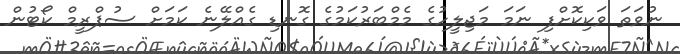
ނުވަތަ ވަކިކޮށްފި ނަމަ މަޖިލީހުގެ މެމްބަރުކަމުގެ ގޮނޑި ގެއްލޭނެ ކަމަށް ސުޕްރީމް ކޯޓުން